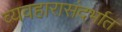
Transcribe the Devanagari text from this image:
व्यवहारासंदर्भात